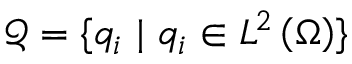
{ \mathcal { Q } = \{ q _ { i } \ | \ q _ { i } \in L ^ { 2 } \left( \Omega \right) \} }